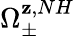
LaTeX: \Omega_{\pm}^{\mathbf{z},NH}